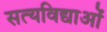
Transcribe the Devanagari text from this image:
सत्यविद्याओं